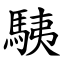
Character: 䮊